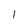
Character: 1